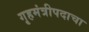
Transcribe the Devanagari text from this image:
गृहमंत्रीपदाचा